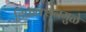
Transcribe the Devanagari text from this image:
डिफ्रॅक्शनमुळे